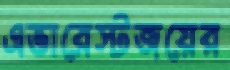
এভারেস্টজয়ের